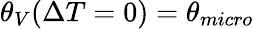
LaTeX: \theta_{V}(\Delta T=0)=\theta_{micro}